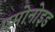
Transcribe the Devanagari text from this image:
एमोनोइड